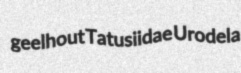
geelhout Tatusiidae Urodela